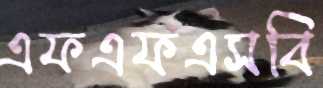
এফএফএসবি